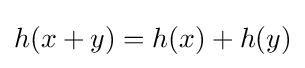
h(x+y)=h(x)+h(y)